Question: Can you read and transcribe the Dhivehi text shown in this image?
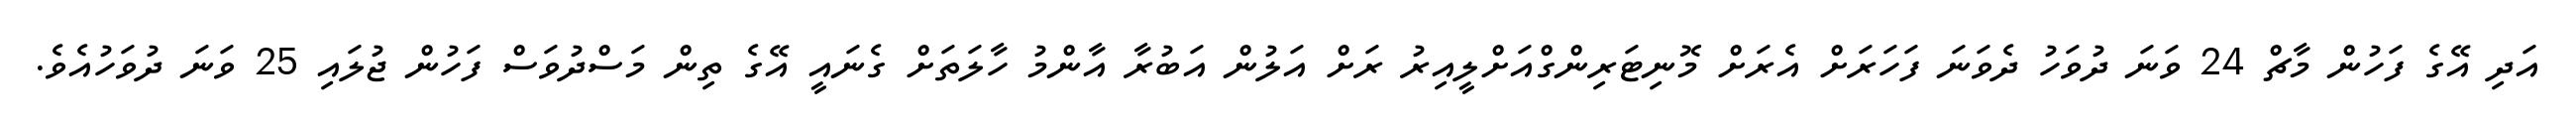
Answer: އަދި އޭގެ ފަހުން މާޗް 24 ވަނަ ދުވަހު ދެވަނަ ފަހަރަށް އެރަށް މޮނިޓަރިންގްއަށްލީއިރު ރަށް އަލުން އަބުރާ އާންމު ހާލަތަށް ގެނައީ އޭގެ ތިން މަސްދުވަސް ފަހުން ޖުލައި 25 ވަނަ ދުވަހުއެވެ.